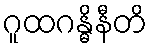
ဂူထဂန္ဓိနီတိ